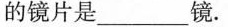
的镜片是___镜。